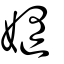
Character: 嫷